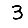
Digit: 3